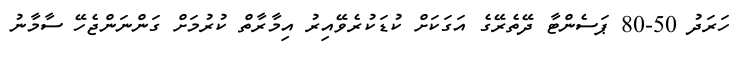
ހަރަދު 50-80 ޕަސެންޓާ ދޭތެރޭގެ އަގަކަށް ކުޑަކުރެވޭއިރު އިމާރާތް ކުރުމަށް ގަންނަންޖެހޭ ސާމާނު